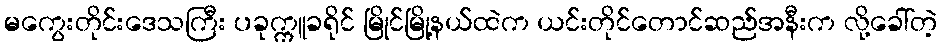
မကွေးတိုင်းဒေသကြီး ပခုက္ကူခရိုင် မြိုင်မြို့နယ်ထဲက ယင်းတိုင်တောင်ဆည်အနီးက လို့ခေါ်တဲ့